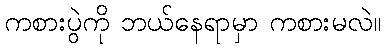
ကစားပွဲကို ဘယ်နေရာမှာ ကစားမလဲ။